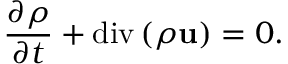
\frac { \partial \rho } { \partial t } + \mathrm { d i v } \left( \rho \mathbf { u } \right) = 0 .